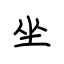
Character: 坐